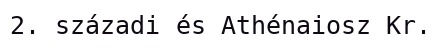
2. századi és Athénaiosz Kr.